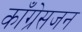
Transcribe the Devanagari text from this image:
काँग्रेसजन